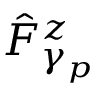
\hat { F } _ { \gamma _ { p } } ^ { z }